Lunatic asylums Bombay report 1878-1890 - 1878-1890
Year: 1878
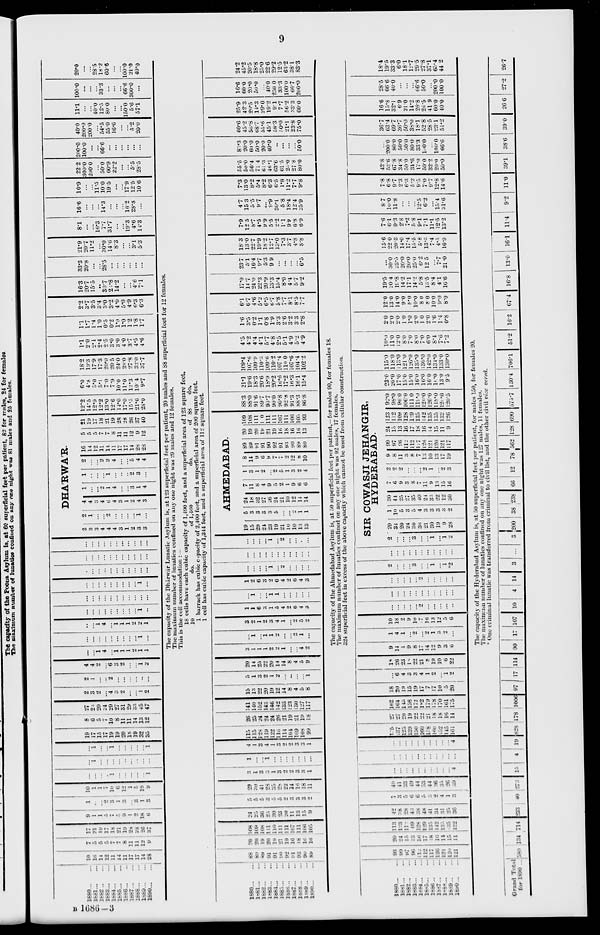
9
1880 ... ...
1881 ... ...
1882 ... ...
1883 ... ...
1884 ... ...
1885 ... ...
1886 ... ...
1887 ... ...
1888 ... ...
1689 ... ...
1890 ... ...
10
16
14
12
11
14
11
17
17
14
28
7
5
5
5
7
7
8
11
11
12
9
17
21 19
17
18
21
19
28
28
26
37
9
1
1
5
7
5
9
1
2
18
6
1
...
...
2
3
1
3
...
3
1
3
10
1
1
7
10
10
12
1
5
19
9
...
...
...
... 1
...
...
...
...
...
1
...
1
...
...
...
...
...
...
...
...
...
...
1
...
...
1
...
...
...
...
...
1
19
17
15
17
19
19
20
16
19
32
35
8
6
5
7
10
8
11
11
14
13
12
27
23
20
24
29
27
31
29
33
45
47
2
3
2
... 4
3 2
...
...
1
2
2
1
...
...
2
...
...
...
...
..
...
4
4
2
...
6
3
2
...
...
1 2
...
...
1 4
...
1 1
1
2
1
1
...
...
...
...
...
...
...
...
...
1
...
...
...
1
4
...
1
1
1
2
2
1
...
...
...
...
...
...
...
...
...
1
...
...
...
...
...
...
...
...
...
...
...
...
...
...
...
...
...
...
...
...
...
1
...
...
...
...
...
...
...
...
...
...
...
...
...
...
...
...
...
...
...
...
...
...
...
...
...
...
...
...
...
...
...
...
...
...
DHA'RWA'R.
2
3
3
4
4
4
3
1
2
3
3
2
1 ...
...
2
...
...
...
...
1
...
4
4
3
4
6
4
3
1
2
4
3
1
...
...
2
1
4
...
...
3
1
4
1
...
...
...
1
...
...
...
2
3
...
2
...
...
2
2
4
...
...
5
4
4
16
14
12
11
14
11
17
17
14
28
28
5
5
5
7
7
8
11
11
12
9
12
21
19
17
18
21
19
28
28
20
37
40
12.2
14.5
12.9
12.2
13.0
12.6
14.0
17.0
15.5
21.6
28.0
6.0
4.8
5.0
5.1
7.0
7.9
10.0
11.0
12.3
10.4
9.7
18.2
19.3
17.9
173
20.0
20.5
240
28.0
27.8
32.0
37.7
1.1
2.0
2.1
2.4
2.5
3.0
3.0
4.0
3.7
4.5
4.6
1.1
1.7
1.4
1.0
0.5
0.2
1.0
1.0
1.2
1.8
1.7
2.2
3.7
3.5
3.4
3.0
3.2
4.0
5.0
4.9
6.3
6.3
16.3
20.7
15.5
...
30.7
23.8
14.2
...
...
4.6
7.1
33.3
20.8
...
...
28.5
...
...
...
...
...
...
21.9
20.7
11.2
...
30.0
14.6
8.3
...
...
3.1
5.3
8.1
...
...
16.3
7.7
31.7
...
...
19.3
4.6
14.3
16.6
...
...
...
14.3
...
...
...
16.2
28.8
...
10.9
...
...
11.5
10.0
19.5
...
...
17.9
12.5
10.6
22.2
300.0
200.0
...
50.0
60.9
22.2
...
...
5.5
28.5
200.0
100.0
...
...
66.6
...
...
...
...
...
...
40.0
200.0
200.0
...
54.5
55.0
16.6
...
...
5.2
20.0
11.1
...
...
40.0
12.5
80.0
...
...
150.0
5.6
57.1
100.0
...
...
...
33.3
...
...
...
66.6
300.0
...
20.0
...
...
28.5
18.2
60.6
...
...
100.0
21.0
40.0
The capacity of the Dhárwár Lunatic Asylum is, at 123 superficial feet per patient, 20 males and 88 superficial feet for 12 females.
The maximum number of lunatics confined on any one night was 29 males and 12 females.
This is the cell accommodation :—
18 cells have each cubic capacity of 1,490 feet, and a superficial area of 123 square feet.
10
do.
of 1,460
do.
of 88
do.
1 barrack has cubic capacity of 2,400 feet, and a superficial area of 200 square feet.
1 cell has cubic capacity of 1,344 feet, and a superficial area of 112 square feet.
1880 ... ...
1881 ... ...
1882 ... ...
1883 ... ...
1884 ... ...
1885 ... ...
1886 ... ...
1887 ... ...
1888 ... ...
1889 ... ...
1890 ... ...
88
89
89
91
91
90
92
91
93
90
89
20
20
19
20
19
21
19
10
18
10
16
108
109
108
111
110
111
111
107
111
106
105
24
25
36
25
30
23
20
11
13
15
9
5
5
5
3
5
5
2
3
3
3
2
29
30
41
28
35
28
22
14
16
18
11
3
1
3
3
1
3
2
2
3
3
1
1
...
...
1
...
...
...
...
...
...
...
4
1
3
4
1
3
2
2
3
3
1
115
115
128
119
122
116
114
104
109
108
99
26
25
24
24
24
26
21 19
21
19
18
141
140
152
143
146
142
135
123
130
127
117
15
13
22
20
19
12
14
8
4
5
8
5
1
3
2
1
2
...
...
...
...
1
20
14
25
22
20
14
14
8
4
5
9
3
1
1
1
2
2
1
...
...
4
2
...
1
...
1
1
2
...
... 2
1
...
3
2
1
2
3
4
1
...
2
5
2
1
1
6
3
1
5
4
2
6
4
3
...
1
...
...
1
1
...
...
...
...
...
1
2
6
3
2
6
4
2
6
4
3
...
...
...
...
1
...
2
...
...
...
...
...
...
...
...
...
...
...
...
...
...
...
...
...
...
...
1 ...
2
...
...
...
...
AHMEDABAD.
19
15
29
24
23
19
21
10
10
13
13
5
3
3
3
3
5
...
...
2
1
1
24
18
32
27
26
24
21
10
12
14
14
7
11
8
4
9
5
2
1
9
6
6
1
3
1
2
...
2
5
1
3
2
4
8
14
9
6
9
7
7
2
12
8
10
89
89
91
91
90
92
91
93
90
89
80
20
19
20
19
21
19
16
18
16
16
13
109
108
111
110
111
111
107
111
106
105
93
88.3
88.0
91.6
89.7
90.7
90.0
90.8
92.8
91.3
88.3
86.8
21.1
19.6
18.3
20.6
18.9
20.2
16.6
17.2
16.3
16.1
15.4
109.4
107.6
109.9
110.3
109.6
110.2
107.4
110.0
107.6
104.4
102.2
4.5
4.2
44
4.1
5.7
4.8
2.5
5.1
4.9
5.2
4.9
1.6
3.5
0.2
1.1
0.8
1.9
3.3
2.6
3.2
3.3
2.8
6.1
6.7
4.6
5.2
6.5
6.7
5.8
7.7
8.1
8.5
7.7
17.0
14.7
24.0
22.3
20.9
13.3
15.4
8.6
4.4
5.7
9.2
23.7
5.1
16.4
9.7
5.3
9.9
...
...
...
...
6.5
18.3
13.0
22.7
19.9
18.2
12.7
13.0
7.3
3.7
4.8
8.8
7.9
12.5
8.7
4.5
9.9
5.5
2.2
1.1
9.9
6.8
6.9
4.7
15.3
5.5
9.7
...
9.9
30.1
5.8
18.4
12.4
25.9
7.3
13.0
8.2
5.4
8.2
6.3
6.5
1.8
11.2
7.7
9.8
55.5
50.0
56.4
71.4
61.3
46.1
63.6
61.5
25.0
27.8
80.0
83.3
20.0
60.0
50.0
20.0
40.0
...
...
...
...
50.0
60.6
45.2
56.8
68.7
55.6
45.1
58.3
50.0
21.1
23.8
75.0
25.9
423
20.5
14.3
29.0
19.2
9.1
7.7
56.2
33.3
60.0
16.6
60.0
20.0
50.0
...
40.0
250.0
33.3
100.0
66.7
200.0
24.2
45.2
20.5
18.8
25.0
22.6
29.2
12.5
63.2
38.1
83.3
The capacity of the Ahmedabad Asylum is, at 50 superficial feet per patient,—for males 90, for females 18.
The maximum number of lunatics confined on any one night was 92 males, 17 females.
324 superficial feet in excess of the above capacity which cannot be used from cellular construction.
1880 ... ...
1881 ... ...
1882 ... ...
1883 ... ...
1884 ... ...
1885 ... ...
1886 ... ...
1887 ... ...
1888 ... ...
1889 ... ...
1890 ... ...
93
99
97
96
12
112
117
120
121
120
121
20
24
15
13
16
17
18
16
14
15
11
113
123
112
109
128
129
135
142
135
135
132
42
38
28
43
36
48
41
34
31
25
36
7
3
5
6
6
5
3
2
4
1
3
49
41
33
49
44
53
44
36
35
26
39
...
...
...
...
...
...
...
...
...
...
4
...
...
...
...
...
...
...
...
...
...
...
...
...
...
... ...
...
...
...
...
...
4
135
137
125
139
150
160
148
160
152
145
161
27
27
20
19
22
22
21
18
18
16
14
162
164
145
158
172
182
179
178
170
161
175
18
20
19
15
19
17
7
17
10
5
20
...
6
4 3
3
4
1
2
...
1
2
18
26
23
18
22
21
8
19
10
6
22
9
14
1
9
8
17
14
12
9
3
6
1
4
1
...
2
...
2
1
3
2
...
10
18
2
9
10
7
16
13
12
5
6
...
...
...
...
...
2
...
...
...
...
...
...
...
...
...
...
...
...
...
...
...
...
...
...
...
...
...
2
...
...
...
...
...
SIR COWASJI JEHANGIR,
HYDERABAD.
2
...
...
...
3
...
...
1
...
1
*2
...
...
...
...
...
...
...
...
...
...
...
2
...
...
...
3
...
...
1
...
1
2
29
34
20
24
30
36
21
30
19
9
28
1
10
5
3
5
4
3
3
3
3
2
30
44
25
27
35
40
24
33
22
12
30
7
6
9
3
8
7
11
9
13
15
16
2
2
2
...
...
...
2
1
...
2
3
9
8
11
3
8
7
13
10
13
17
19
99
97
96
112
112
127
126
121
120
121
117
24
15
13
16
17
18
16
14
15
11
9
123
112
109
128
129
135
142
135
135
132
126
92.0
98.0
96.0
106.0
111.0
119.0
120.0
126.0
116.0
120.0
120.5
23.0
20.0
17.0
15.0
15.0
16.0
16.0
16.0
16.0
13.0
9.5
115.0
1180
113.0
121.0
126.0
135.0
136.0
142.0
134.0
133.0
130.0
10.5
11.0
12.0
8.0
7.0
8.0
7.0
6.0
8.4
7.6
7.2
2.0
2.0
2.0
1.0
1.0
2.0
1.0
2.0
1.6
1.4
0.8
12.0
13.0
14.0
9.0
8.0
10.0
8.0
8.0
10.0
9.0
8.0
19.5
20.4
19.8
14.2
17.1
14.2
5.8
13.5
8.4
4.1
16.6
...
30.0
23.5
20.0
20.0
25.0
6.2
12.5
...
7.7
21.0
15-6
22.0
20.3
14.0
17.4
15.5
5.8
13.3
7.4
4.5
16.9
7.6
6.1
9.3
2.8
7.2
5.8
9.1
7.1
11.1
12.5
13.2
8.7
10.0
11.8
...
...
...
12.5
6.2
...
15.4
31.6
7.8
6.8
9.7
2.3
6.3
5.2
9.5
7.0
9.7
12.8
14.6
42.8
52.6
67.8
34.8
50.0
34.6
17.0
50.0
32.2
20.0
50.0
...
200.0
80.0
50.0
50.0
80.0
33.3
160.0
...
100.0
66.6
36.7
63.4
69.7
36.7
50.0
38.0
18.1
52.8
28 5
23.1
51.2
16.6
15.8
32.1
6.9
21.0
14.2
26.8
26.5
41.9
60.0
40.0
28.5
66.6
40.0
...
...
...
66.6
50.0
...
200.0
100.0
18.4
19.5
33.3
6.0
18.1
12.7
29 5
27.3
37.1
65.4
44.2
The capacity of the Hyderabad Asylum is, at 50 superficial feet per patient, for males 150, for females 20.
The maximum number of lunatics confined on any one night was 127 males, 11 females.
* One criminal lunatic was transferred from criminal to civil list, and the other civil vice
versa.
Grand Total
for 1890 ... 380
134 714 233
40 273
13
4
19 828 178 1006 97 17 114 90 17 107 10 4 14
3
...
3
200
38 238 66 12 78 562 128 690 575.7 130.4 706.1 51.2 16.2 67.4 16.8 13.0 16.1 11.4
9-2
11.0
39.1
38.6
39.0
266
27.2
26.7
B
1686-3